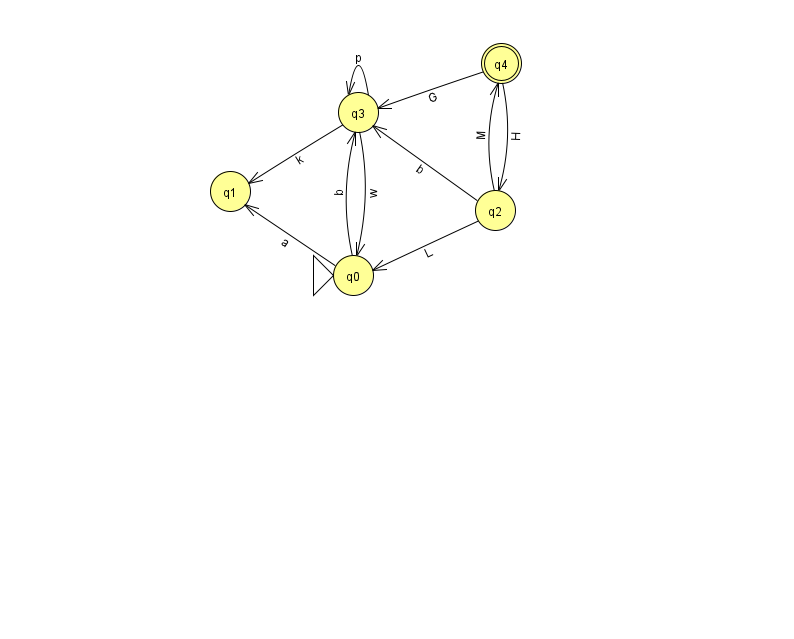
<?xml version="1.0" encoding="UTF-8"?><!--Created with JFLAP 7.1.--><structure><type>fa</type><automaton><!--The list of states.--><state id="0" name="q0"><x>353.0</x><y>262.0</y><initial/></state><state id="1" name="q1"><x>230.0</x><y>178.0</y></state><state id="2" name="q2"><x>495.0</x><y>197.0</y></state><state id="3" name="q3"><x>358.0</x><y>99.0</y></state><state id="4" name="q4"><x>501.0</x><y>50.0</y><final/></state><!--The list of transitions.--><transition><from>3</from><to>3</to><read>p</read></transition><transition><from>0</from><to>1</to><read>a</read></transition><transition><from>2</from><to>4</to><read>M</read></transition><transition><from>4</from><to>2</to><read>H</read></transition><transition><from>3</from><to>1</to><read>k</read></transition><transition><from>4</from><to>3</to><read>G</read></transition><transition><from>3</from><to>0</to><read>w</read></transition><transition><from>0</from><to>3</to><read>b</read></transition><transition><from>2</from><to>0</to><read>L</read></transition><transition><from>2</from><to>3</to><read>b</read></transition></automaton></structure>